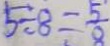
5 \div 8 = \frac { 5 } { 8 }